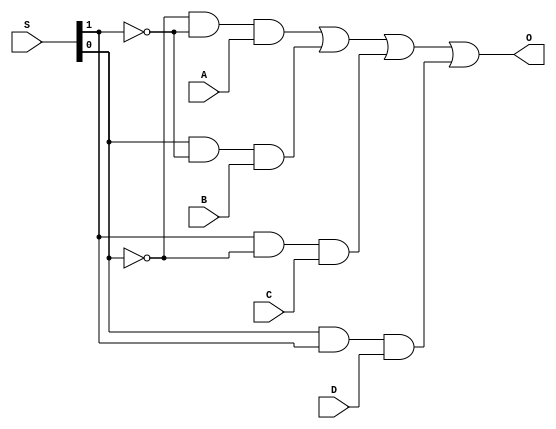
module mux4_1 (
    A, B, C, D, S, O
);

input A, B, C, D;
input [1:0]S;
output O;

assign O = ((~S[0]) & (~S[1]) & A) | (S[0] & (~S[1]) & B) | (S[1] & (~S[0]) & C) | (S[0] & S[1] & D);
    
endmodule